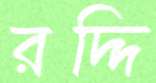
রদ্দি